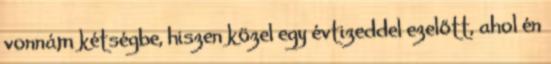
vonnám kétségbe, hiszen közel egy évtizeddel ezelőtt, ahol én